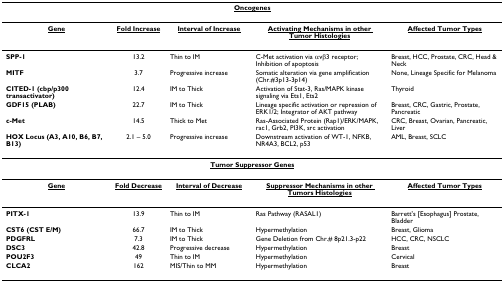
<table><thead><tr><td colspan="5"><b><underline>Oncogenes</underline></b></td></tr></thead><tbody><tr><td><b><underline>Gene</underline></b></td><td><b><underline>Fold Increase</underline></b></td><td><b><underline>Interval of Increase</underline></b></td><td><b><underline>Activating Mechanisms in other Tumor Histologies</underline></b></td><td><b><underline>Affected Tumor Types</underline></b></td></tr><tr><td><b>SPP-1</b></td><td>13.2</td><td>Thin to IM</td><td>C-Met activation via αvβ3 receptor; Inhibition of apoptosis</td><td>Breast, HCC, Prostate, CRC, Head &amp; Neck</td></tr><tr><td><b>MITF</b></td><td>3.7</td><td>Progressive increase</td><td>Somatic alteration via gene amplification (Chr.#3p13-3p14)</td><td>None, Lineage Specific for Melanoma</td></tr><tr><td><b>CITED-1 (cbp/p300 transactivator)</b></td><td>12.4</td><td>IM to Thick</td><td>Activation of Stat-3, Ras/MAPK kinase signaling via Ets1, Ets2</td><td>Thyroid</td></tr><tr><td><b>GDF15 (PLAB)</b></td><td>22.7</td><td>IM to Thick</td><td>Lineage specific activation or repression of ERK1/2; Integrator of AKT pathway</td><td>Breast, CRC, Gastric, Prostate, Pancreatic</td></tr><tr><td><b>c-Met</b></td><td>14.5</td><td>Thick to Met</td><td>Ras-Associated Protein (Rap1)/ERK/MAPK, rac1, Grb2, PI3K, src activation</td><td>CRC, Breast, Ovarian, Pancreatic, Liver</td></tr><tr><td><b>HOX Locus (A3, A10, B6, B7, B13)</b></td><td>2.1 – 5.0</td><td>Progressive increase</td><td>Downstream activation of WT-1, NFKB, NR4A3, BCL2, p53</td><td>AML, Breast, SCLC</td></tr><tr><td colspan="5"><b><underline>Tumor Suppressor Genes</underline></b></td></tr><tr><td><b><underline>Gene</underline></b></td><td><b><underline>Fold Decrease</underline></b></td><td><b><underline>Interval of Decrease</underline></b></td><td><b><underline>Suppressor Mechanisms in other Tumors Histologies</underline></b></td><td><b><underline>Affected Tumor Types</underline></b></td></tr><tr><td><b>PITX-1</b></td><td>13.9</td><td>Thin to IM</td><td>Ras Pathway (RASAL1)</td><td>Barrett&#x27;s [Esophagus] Prostate, Bladder</td></tr><tr><td><b>CST6 (CST E/M)</b></td><td>66.7</td><td>IM to Thick</td><td>Hypermethylation</td><td>Breast, Glioma</td></tr><tr><td><b>PDGFRL</b></td><td>7.3</td><td>IM to Thick</td><td>Gene Deletion from Chr.# 8p21.3-p22</td><td>HCC, CRC, NSCLC</td></tr><tr><td><b>DSC3</b></td><td>42.8</td><td>Progressive decrease</td><td>Hypermethylation</td><td>Breast</td></tr><tr><td><b>POU2F3</b></td><td>49</td><td>Thin to IM</td><td>Hypermethylation</td><td>Cervical</td></tr><tr><td><b>CLCA2</b></td><td>162</td><td>MIS/Thin to MM</td><td>Hypermethylation</td><td>Breast</td></tr></tbody></table>